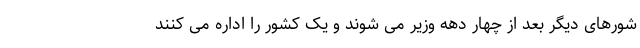
شورهای دیگر بعد از چهار دهه وزیر می شوند و یک کشور را اداره می کنند